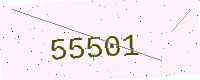
Text: 55501